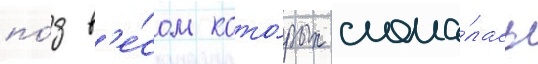
по́д в'е́сом кото́рых слома́лась